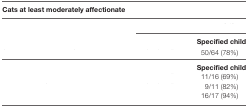
<table><thead><tr><td colspan="3"><b>Cats at least moderately affectionate</b></td></tr></thead><tbody><tr><td>[EMPTY_CELL]</td><td colspan="2">[EMPTY_CELL]</td></tr><tr><td>[EMPTY_CELL]</td><td>[EMPTY_CELL]</td><td><b>Specified child</b></td></tr><tr><td>[EMPTY_CELL]</td><td>[EMPTY_CELL]</td><td>50/64 (78%)</td></tr><tr><td>[EMPTY_CELL]</td><td>[EMPTY_CELL]</td><td><b>Specified child</b></td></tr><tr><td>[EMPTY_CELL]</td><td>[EMPTY_CELL]</td><td>11/16 (69%)</td></tr><tr><td>[EMPTY_CELL]</td><td>[EMPTY_CELL]</td><td>9/11 (82%)</td></tr><tr><td>[EMPTY_CELL]</td><td>[EMPTY_CELL]</td><td>16/17 (94%)</td></tr></tbody></table>